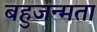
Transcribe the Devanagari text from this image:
बहुजन्मता